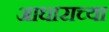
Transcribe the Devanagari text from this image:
आधाराच्या